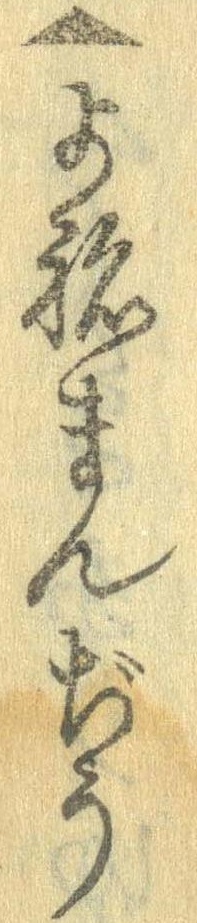
▲よねまんぢう